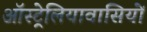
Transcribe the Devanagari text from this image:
ऑस्ट्रेलियावासियों